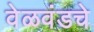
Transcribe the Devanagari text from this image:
वेळवंडचे